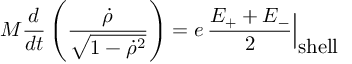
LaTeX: M \frac { d } { d t } \left( \frac { { \dot { \rho } } } { \sqrt { 1 - { \dot { \rho } } ^ { 2 } } } \right) = e \, \frac { E _ { + } + E _ { - } } { 2 } \Bigl | _ { \textstyle \mathrm { s h e l l } }